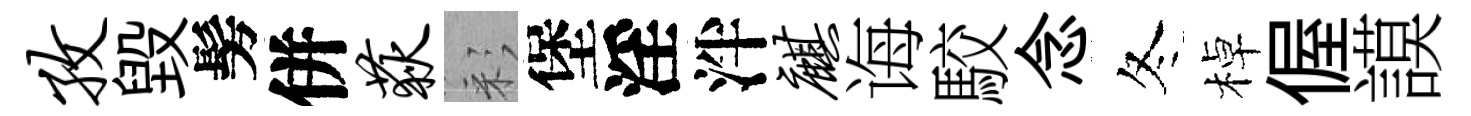
孜毁髣併荻彩堡淫泮麒诲駮念冬棹偓謨